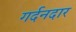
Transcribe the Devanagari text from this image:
गर्दनदार